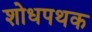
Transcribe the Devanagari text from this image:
शोधपथक